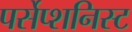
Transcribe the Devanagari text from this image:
पर्सेप्शनिस्ट